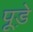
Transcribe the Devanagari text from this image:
पूड़े